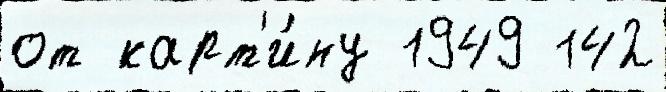
от карт'и́ну 1949 142